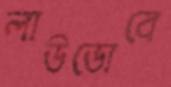
লাউডোবে